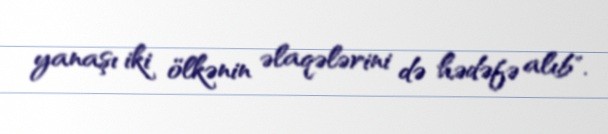
yanaşı iki ölkənin əlaqələrini də hədəfə alıb".